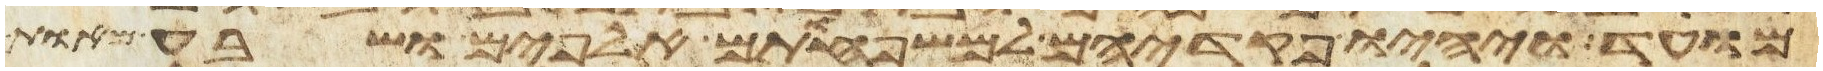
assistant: מועד ויהיו פקדיהם למשפחותם אלפים ושבע מאות